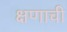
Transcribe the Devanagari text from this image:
क्षणाची